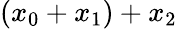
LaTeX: \left(x_{0}+x_{1}\right)+x_{2}